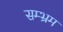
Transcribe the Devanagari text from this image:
सम्‍भ्रम